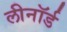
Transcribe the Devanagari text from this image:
लीनॉर्ड